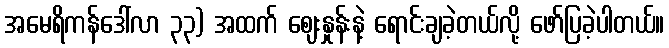
အမေရိကန်ဒေါ်လာ ၃၃) အထက် ဈေးနှုန်းနဲ့ ရောင်းချခဲ့တယ်လို့ ဖော်ပြခဲ့ပါတယ်။